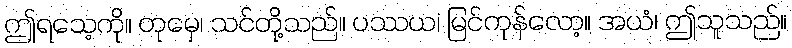
ဤရသေ့ကို။ တုမှေ၊ သင်တို့သည်။ ပဿယ၊ မြင်ကုန်လော့။ အယံ၊ ဤသူသည်။